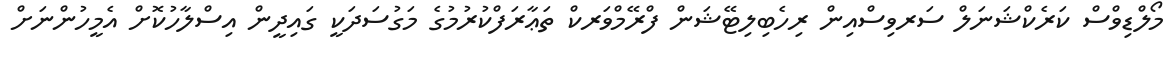
މޯލްޑިވްސް ކަރެކްޝަނަލް ސަރވިސްއިން ރިހެބިލިޓޭޝަން ފްރޭމްވަރކް ތަޢާރަފްކުރުމުގެ މަގުސަދަކީ ގައިދީން އިސްލާހުކޮށް އެމީހުންނަށް